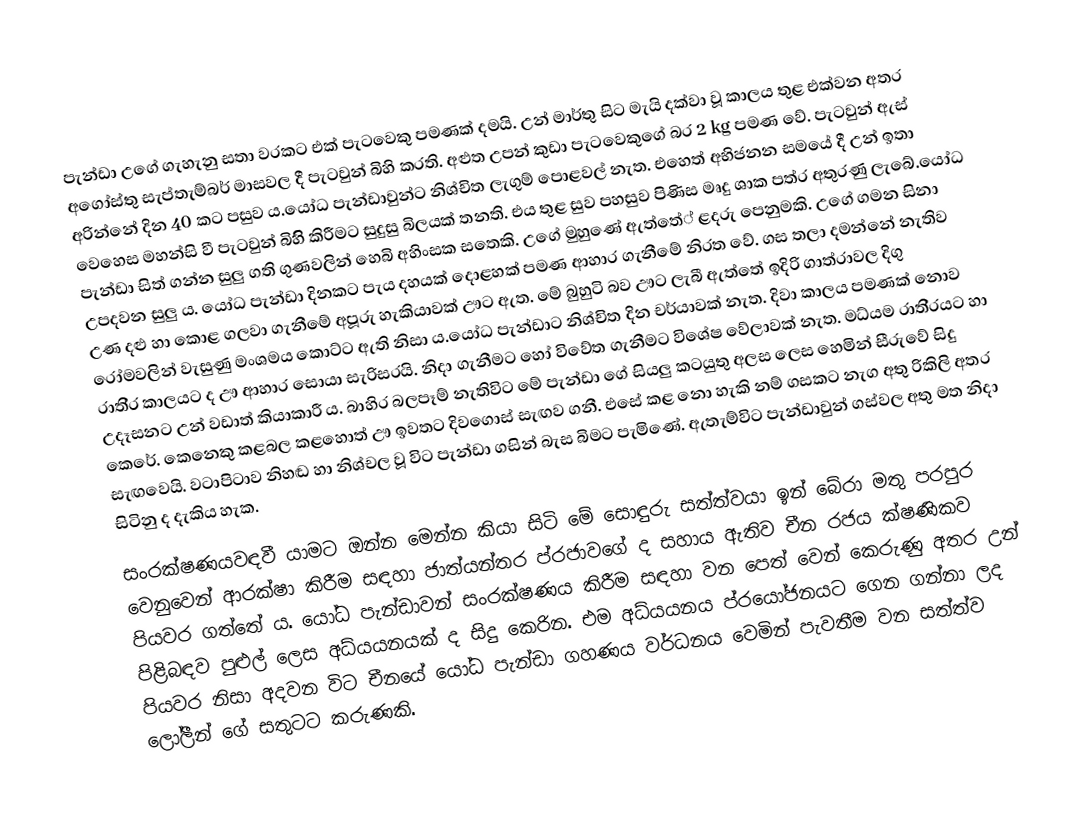
පැන්ඩා උගේ ගැහැනු සතා වරකට එක් පැටවෙකු පමණක් දමයි. උන් මාර්තු සිට මැයි දක්වා වූ කාලය තුළ එක්වන අතර අගෝස්තු සැප්තැම්බර් මාසවල දී පැටවුන් බිහි කරති. අළුත උපන් කුඩා පැටවෙකුගේ බර 2 kg පමණ වේ. පැටවුන් ඇස් අරින්නේ දින 40 කට පසුව ය.යෝධ පැන්ඩාවුන්ට නිශ්චිත ලැගුම් පොළවල් නැත. එහෙත් අභිජනන සමයේ දී උන් ඉතා වෙහෙස මහන්සි වී පැටවුන් බිහිි කිරීමට සුදුසු බිලයක් තනති. එය තුළ සුව පහසුව පිණිස මෘදු ශාක පත්ර අතුරණු ලැබේ.යෝධ පැන්ඩා සිත් ගන්න සුලු ගති ගුණවලින් හෙබි අහිංසක සතෙකි. උගේ මුහුණේ ඇත්තේ් ළදරු පෙනුමකි. උගේ ගමන සිනා උපදවන සුලු ය. යෝධ පැන්ඩා දිනකට පැය දහයක් දොළහක් පමණ ආහාර ගැනීමේ නිරත වේ. ගස තලා දමන්නේ නැතිව උණ දළු හා කොළ ගලවා ගැනීමේ අපූරු හැකියාවක් ඌට ඇත.                                                                                                                                                                    මේ බුහුටි බව ඌට ලැබී ඇත්තේ ඉදිරි ගාත්රාවල දිගු රෝමවලින් වැසුණු මංශමය කොට්ට ඇති නිසා ය.යෝධ පැන්ඩාට නිශ්චිත දින චර්යාවක් නැත. දිවා කාලය පමණක් නොව රාති්ර කාලයට ද ඌ ආහාර සොයා සැරිසරයි. නිදා ගැනීමට හෝ විවේත ගැනීමට විශේෂ වේලාවක් නැත. මධ්යම රාති්රයට හා උදෑසනට උන් වඩාත් කියාකාරී ය. බාහිර බලපෑම් නැතිවිට මේ පැන්ඩා ගේ සියලු කටයුතු අලස ලෙස හෙමින් සීරුවේ සිදු කෙරේ. කෙනෙකු කළබල කළහොත් ඌ ඉවතට දිවගොස් සැඟව ගනී. එසේ කළ නො හැකි නම් ගසකට නැග අතු රිකිලි අතර සැඟවෙයි. වටාපිටාව නිහඬ හා නිශ්චල වූ විට පැන්ඩා ගසින් බැස බිමට පැමිණේ. ඇතැම්විට පැන්ඩාවුන් ගස්වල අතු මත නිදා සිටිනු ද දැකිය හැක.
සංරක්ෂණයවඳවී යාමට ඔන්න මෙන්න කියා සිටි මේ සොඳුරු සත්ත්වයා ඉන් බේරා මතු පරපුර වෙනුවෙන් ආරක්ෂා කිරීම සඳහා ජාත්යන්තර ප්රජාවගේ ද සහාය ඇතිව චීන රජය ක්ෂණිකව පියවර ගත්තේ ය. යෝධ පැන්ඩාවන් සංරක්ෂණය කිරීම සඳහා වන පෙත් වෙන් කෙරුණු අතර උන් පිළිබඳව පුළුල් ලෙස අධ්යයනයක් ද සිදු කෙරින. එම අධ්යයනය ප්රයෝජනයට ගෙන ගන්නා ලද පියවර නිසා අදවන විට චීනයේ යෝධ පැන්ඩා ගහණය වර්ධනය වෙමින් පැවතීම වන සත්ත්ව ලෝලීන් ගේ සතුටට කරුණකි.